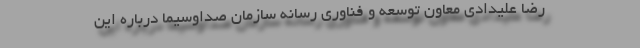
رضا علیدادی معاون توسعه و فناوری رسانه سازمان صداوسیما درباره این